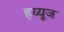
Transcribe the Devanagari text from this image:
हय्यूज